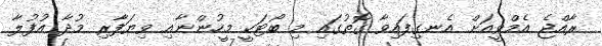
ރާއްޖެ އެމްވީއަށް އެނގިފައިވާ ގޮތުގައި މި ބޯޓަކީ މީހުންނާއި ވިޔަފާރި މުދާ އުފުލާ